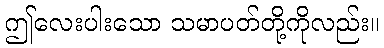
ဤလေးပါးသော သမာပတ်တို့ကိုလည်း။